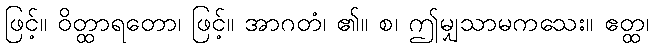
ဖြင့်။ ဝိတ္ထာရတော၊ ဖြင့်။ အာဂတံ၊ ၏။ စ၊ ဤမျှသာမကသေး။ ဧတ္ထ၊